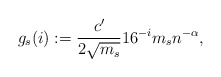
\begin{align*}g_s (i) :=\frac{c'}{2\sqrt{m_s}} 16^{-i}m_s n^{-\alpha},\end{align*}